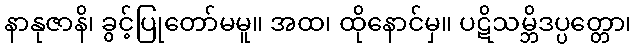
နာနုဇာနိ၊ ခွင့်ပြုတော်မမူ။ အထ၊ ထိုနောင်မှ။ ပဋိသမ္ဘိဒပ္ပတ္တော၊